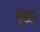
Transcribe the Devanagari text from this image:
बृह्मा